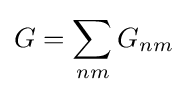
G=\sum _{nm}G_{nm}